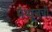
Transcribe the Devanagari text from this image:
मॅथ्यूजची